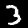
Digit: 3